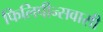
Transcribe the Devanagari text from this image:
फिलिपीन्सवासी